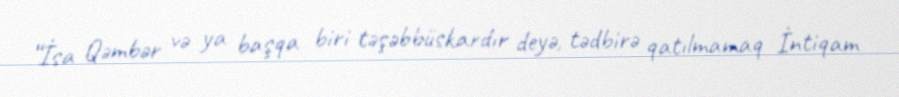
“İsa Qəmbər və ya başqa biri təşəbbüskardır deyə, tədbirə qatılmamaq İntiqam